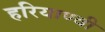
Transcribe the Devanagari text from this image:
हरियाण्वी